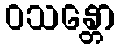
ဝသန္တော